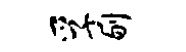
孚刎